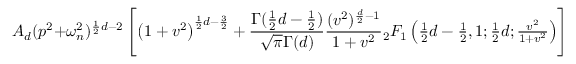
A _ { d } ( p ^ { 2 } + \omega _ { n } ^ { 2 } ) ^ { \frac { 1 } { 2 } d - 2 } \left[ \left( 1 + v ^ { 2 } \right) ^ { \frac { 1 } { 2 } d - \frac { 3 } { 2 } } + \frac { \Gamma ( \frac { 1 } { 2 } d - \frac { 1 } { 2 } ) } { \sqrt { \pi } \Gamma ( d ) } \frac { ( v ^ { 2 } ) ^ { \frac { d } { 2 } - 1 } } { 1 + v ^ { 2 } } { } _ { 2 } F _ { 1 } \left( \textstyle { { \frac { 1 } { 2 } d - \frac { 1 } { 2 } , 1 ; \frac { 1 } { 2 } d ; \frac { v ^ { 2 } } { 1 + v ^ { 2 } } } } \right) \right] \, \ \cdot